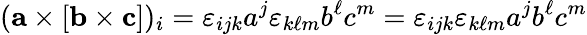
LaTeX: (\mathbf{a}\times[\mathbf{b}\times\mathbf{c}])_{i}=\varepsilon_{ijk}a^{j}\varepsilon_{k\ell m}b^{\ell}c^{m}=\varepsilon_{ijk}\varepsilon_{k\ell m}a^{j}b^{\ell}c^{m}